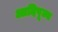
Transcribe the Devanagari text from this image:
आदिपूज्य